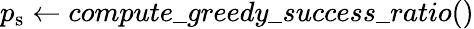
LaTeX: p_{\mathrm{s}}\gets compute\textunderscore greedy\textunderscore success\textunderscore ratio()